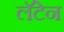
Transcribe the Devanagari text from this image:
लॅटेन